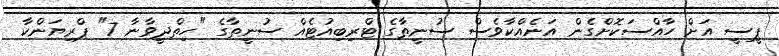
ޕީސީ އަށް ހާއްސަކޮށްގެން އަނެއްކާވެސް ސުނީތާގެ ޓްރިބިއުޓެއް ސުނީތާގެ "ހިތްދީވާނާ 7" ޕްރިޔަންކާ